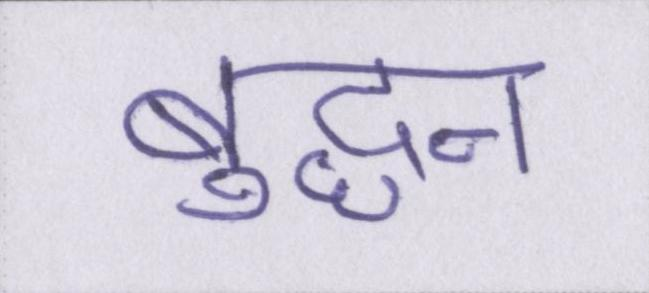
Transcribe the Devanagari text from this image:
बुद्धन